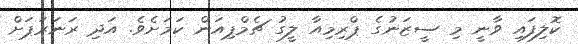
ކޮލިފައި ވާނީ މި ސީޒަނުގެ ޕްރިމިއާ ލީގު ޗެމްޕިއަން ކަމަށެވެ. އަދި ރަނަރަޕަށް